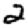
Digit: 2